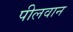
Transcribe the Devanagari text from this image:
पीलवान